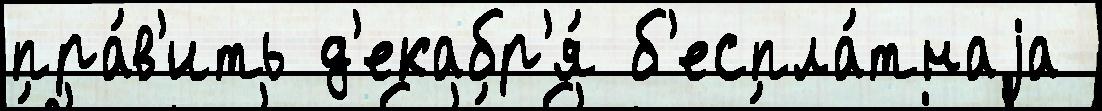
пра́в'ить д'екабр'я́ б'еспла́тнаjа